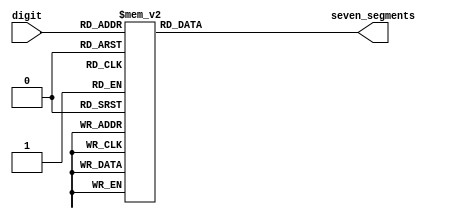

module sm_hex_display
(
    input      [3:0] digit,
    output reg [6:0] seven_segments
);

    always @*
        case (digit)
        'h0: seven_segments = 'b1000000;  // g f e d c b a
        'h1: seven_segments = 'b1111001;
        'h2: seven_segments = 'b0100100;  //   --a--
        'h3: seven_segments = 'b0110000;  //  |     |
        'h4: seven_segments = 'b0011001;  //  f     b
        'h5: seven_segments = 'b0010010;  //  |     |
        'h6: seven_segments = 'b0000010;  //   --g--
        'h7: seven_segments = 'b1111000;  //  |     |
        'h8: seven_segments = 'b0000000;  //  e     c
        'h9: seven_segments = 'b0011000;  //  |     |
        'ha: seven_segments = 'b0001000;  //   --d-- 
        'hb: seven_segments = 'b0000011;
        'hc: seven_segments = 'b1000110;
        'hd: seven_segments = 'b0100001;
        'he: seven_segments = 'b0000110;
        'hf: seven_segments = 'b0001110;
        endcase

endmodule

//--------------------------------------------------------------------

module sm_hex_display_8
(
    input             clock,
    input             resetn,
    input      [31:0] number,

    output reg [ 6:0] seven_segments,
    output reg        dot,
    output reg [ 7:0] anodes
);

    function [6:0] bcd_to_seg (input [3:0] bcd);

        case (bcd)
        'h0: bcd_to_seg = 'b1000000;  // g f e d c b a
        'h1: bcd_to_seg = 'b1111001;
        'h2: bcd_to_seg = 'b0100100;  //   --a--
        'h3: bcd_to_seg = 'b0110000;  //  |     |
        'h4: bcd_to_seg = 'b0011001;  //  f     b
        'h5: bcd_to_seg = 'b0010010;  //  |     |
        'h6: bcd_to_seg = 'b0000010;  //   --g--
        'h7: bcd_to_seg = 'b1111000;  //  |     |
        'h8: bcd_to_seg = 'b0000000;  //  e     c
        'h9: bcd_to_seg = 'b0011000;  //  |     |
        'ha: bcd_to_seg = 'b0001000;  //   --d-- 
        'hb: bcd_to_seg = 'b0000011;
        'hc: bcd_to_seg = 'b1000110;
        'hd: bcd_to_seg = 'b0100001;
        'he: bcd_to_seg = 'b0000110;
        'hf: bcd_to_seg = 'b0001110;
        endcase

    endfunction

    reg [2:0] i;

    always @ (posedge clock or negedge resetn)
    begin
        if (! resetn)
        begin
            seven_segments <=   bcd_to_seg (0);
            dot            <= ~ 0;
            anodes         <= ~ 8'b00000001;

            i <= 0;
        end
        else
        begin
            seven_segments <=   bcd_to_seg (number [i * 4 +: 4]);
            dot            <= ~ 0;
            anodes         <= ~ (1 << i);

            i <= i + 1;
        end
    end

endmodule